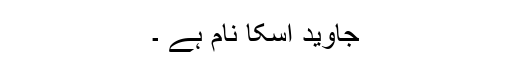
جاوید اسکا نام ہے ۔